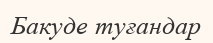
Бакуде туғандар